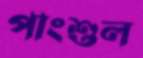
পাংশুল